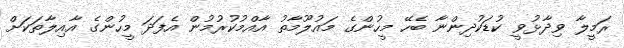
ރަމީލާ ވިދާޅުވީ ކުޑަކުދިންނާ ބެހޭ މީހުންގެ މައުލޫމާތު އާއްމުކުރުމުން އެފަދަ މީހުންގެ އާއިލާތަކަށް